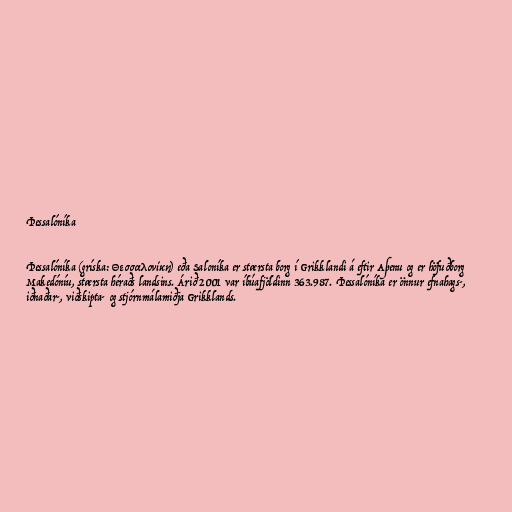
Þessalóníka

Þessalóníka (gríska: Θεσσαλονίκη) eða Saloníka er stærsta borg í Grikklandi á eftir Aþenu og er höfuðborg
Makedóníu, stærsta héraðs landsins. Árið 2001 var íbúafjöldinn 363.987. Þessalóníka er önnur efnahags-,
iðnaðar-, viðskipta- og stjórnmálamiðja Grikklands.